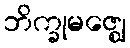
ဘိက္ခုမဇ္ဈေ